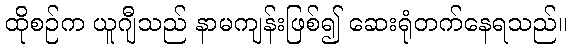
ထိုစဉ်က ယူဂျီသည် နာမကျန်းဖြစ်၍ ဆေးရုံတက်နေရသည်။